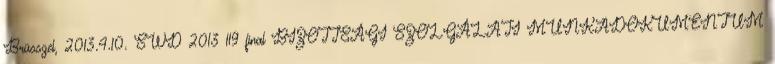
Brüsszel, 2013.4.10. SWD 2013 119 final BIZOTTSÁGI SZOLGÁLATI MUNKADOKUMENTUM